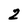
Character: 2